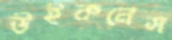
উইকনেস